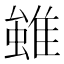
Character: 𨿽